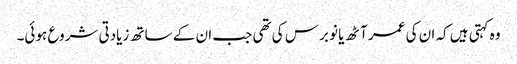
وہ کہتی ہیں کہ ان کی عمر آٹھ یا نو برس کی تھی جب ان کے ساتھ زیادتی شروع ہوئی۔